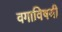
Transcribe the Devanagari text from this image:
वगाविषयी